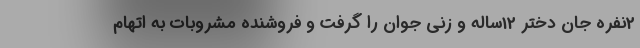
2نفره جان دختر 12ساله و زنی جوان را گرفت و فروشنده مشروبات به اتهام